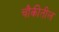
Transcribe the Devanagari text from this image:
चौकीतील